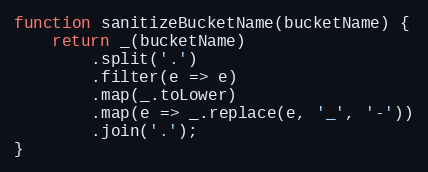
Language: JavaScript
function sanitizeBucketName(bucketName) {
    return _(bucketName)
        .split('.')
        .filter(e => e)
        .map(_.toLower)
        .map(e => _.replace(e, '_', '-'))
        .join('.');
}